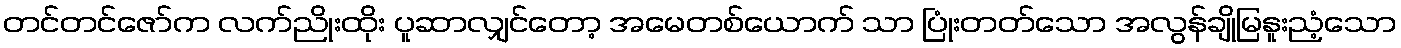
တင်တင်ဇော်က လက်ညိုးထိုး ပူဆာလျှင်တော့ အမေတစ်ယောက် သာ ပြုံးတတ်သော အလွန်ချိုမြနူးညံ့သော